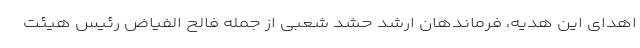
اهدای این هدیه، فرماندهان ارشد حشد شعبی از جمله فالح الفیاض رئیس هیئت